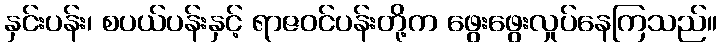
နှင်းပန်း၊ စပယ်ပန်းနှင့် ရာဇဝင်ပန်းတို့က ဖွေးဖွေးလှုပ်နေကြသည်။